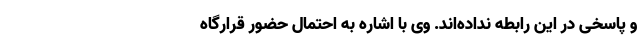
و پاسخی در این رابطه نداده‌اند. وی با اشاره به احتمال حضور قرارگاه